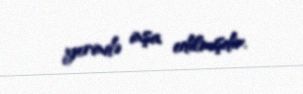
yerində inşa edilmişdir.